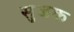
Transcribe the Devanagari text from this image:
सुजक